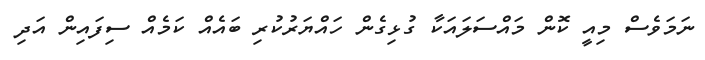
ނަމަވެސް މިއީ ކޮން މައްސަލައަކާ ގުޅިގެން ހައްޔަރުކުރި ބައެއް ކަމެއް ސިފައިން އަދި